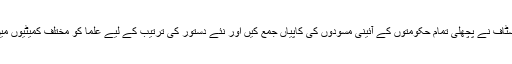
شنواری کے سٹاف نے پچھلی تمام حکومتوں کے آئینی مسودوں کی کاپیاں جمع کیں اور نئے دستور کی ترتیب کے لیے علما کو مختلف کمیٹیوں میں تقسیم کردیا۔